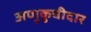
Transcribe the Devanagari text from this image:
अणुकुचीदार